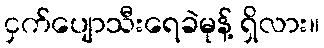
ငှက်ပျောသီးရေခဲမုန့် ရှိလား။